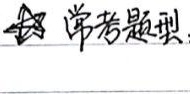
常考题型